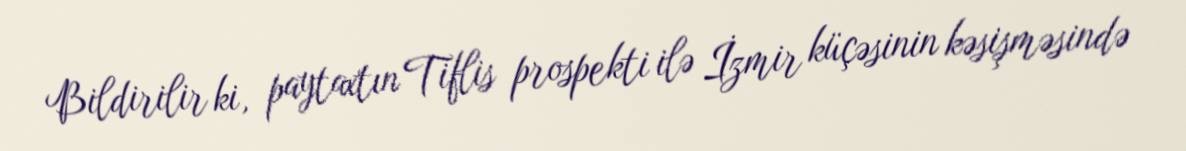
Bildirilir ki, paytaxtın Tiflis prospekti ilə İzmir küçəsinin kəsişməsində